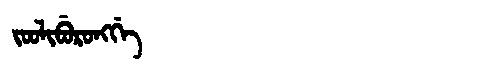
Manchu: ᠵᠣᠣᠯᡳᠪᡠᡵᠣᠩᡤᡝ
Romanization: JOOLIBURONGGE